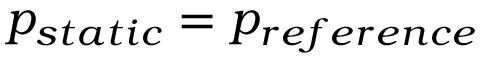
p _ { s t a t i c } = p _ { r e f e r e n c e }